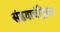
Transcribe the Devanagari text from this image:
संडवाचंद्रिका